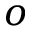
o